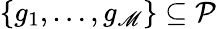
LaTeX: \{ g_{1},\ldots,g_{\mathscr{M}}\} \subseteq{\mathcal{{P}}}